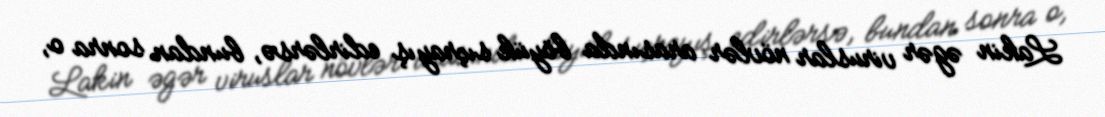
Lakin əgər viruslar növlər arasında böyük sıçrayış edirlərsə, bundan sonra o,